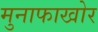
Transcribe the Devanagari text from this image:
मुनाफाखोर